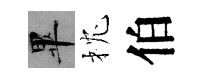
畢枕伯